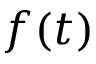
f ( t )